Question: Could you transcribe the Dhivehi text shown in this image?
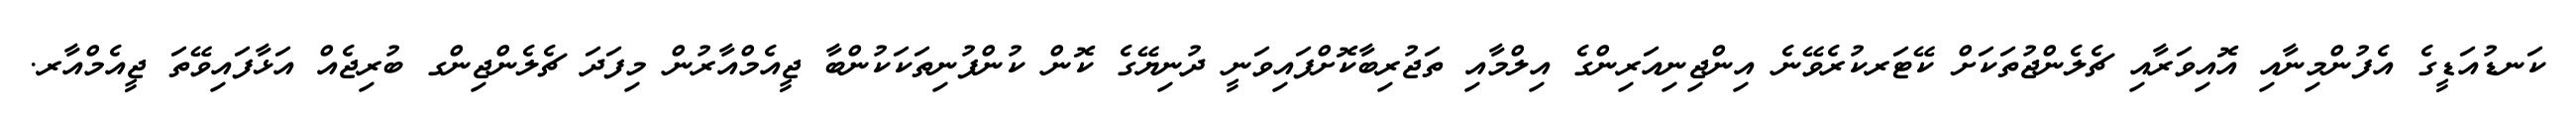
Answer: ކަނޑުއަޑީގެ އެފުންމިނާއި އޮއިވަރާއި ޗެލެންޖުތަކަށް ކޭޓަރކުރެވޭނެ އިންޖިނިއަރިންގެ އިލްމާއި ތަޖުރިބާކޮށްފައިވަނީ ދުނިޔޭގެ ކޮން ކުންފުނިތަކަކުންބާ ޖީއެމްއާރުން މިފަދަ ޗެލެންޖިންގ ބުރިޖެއް އަޅާފައިވޭތަ ޖީއެމްއާރ.